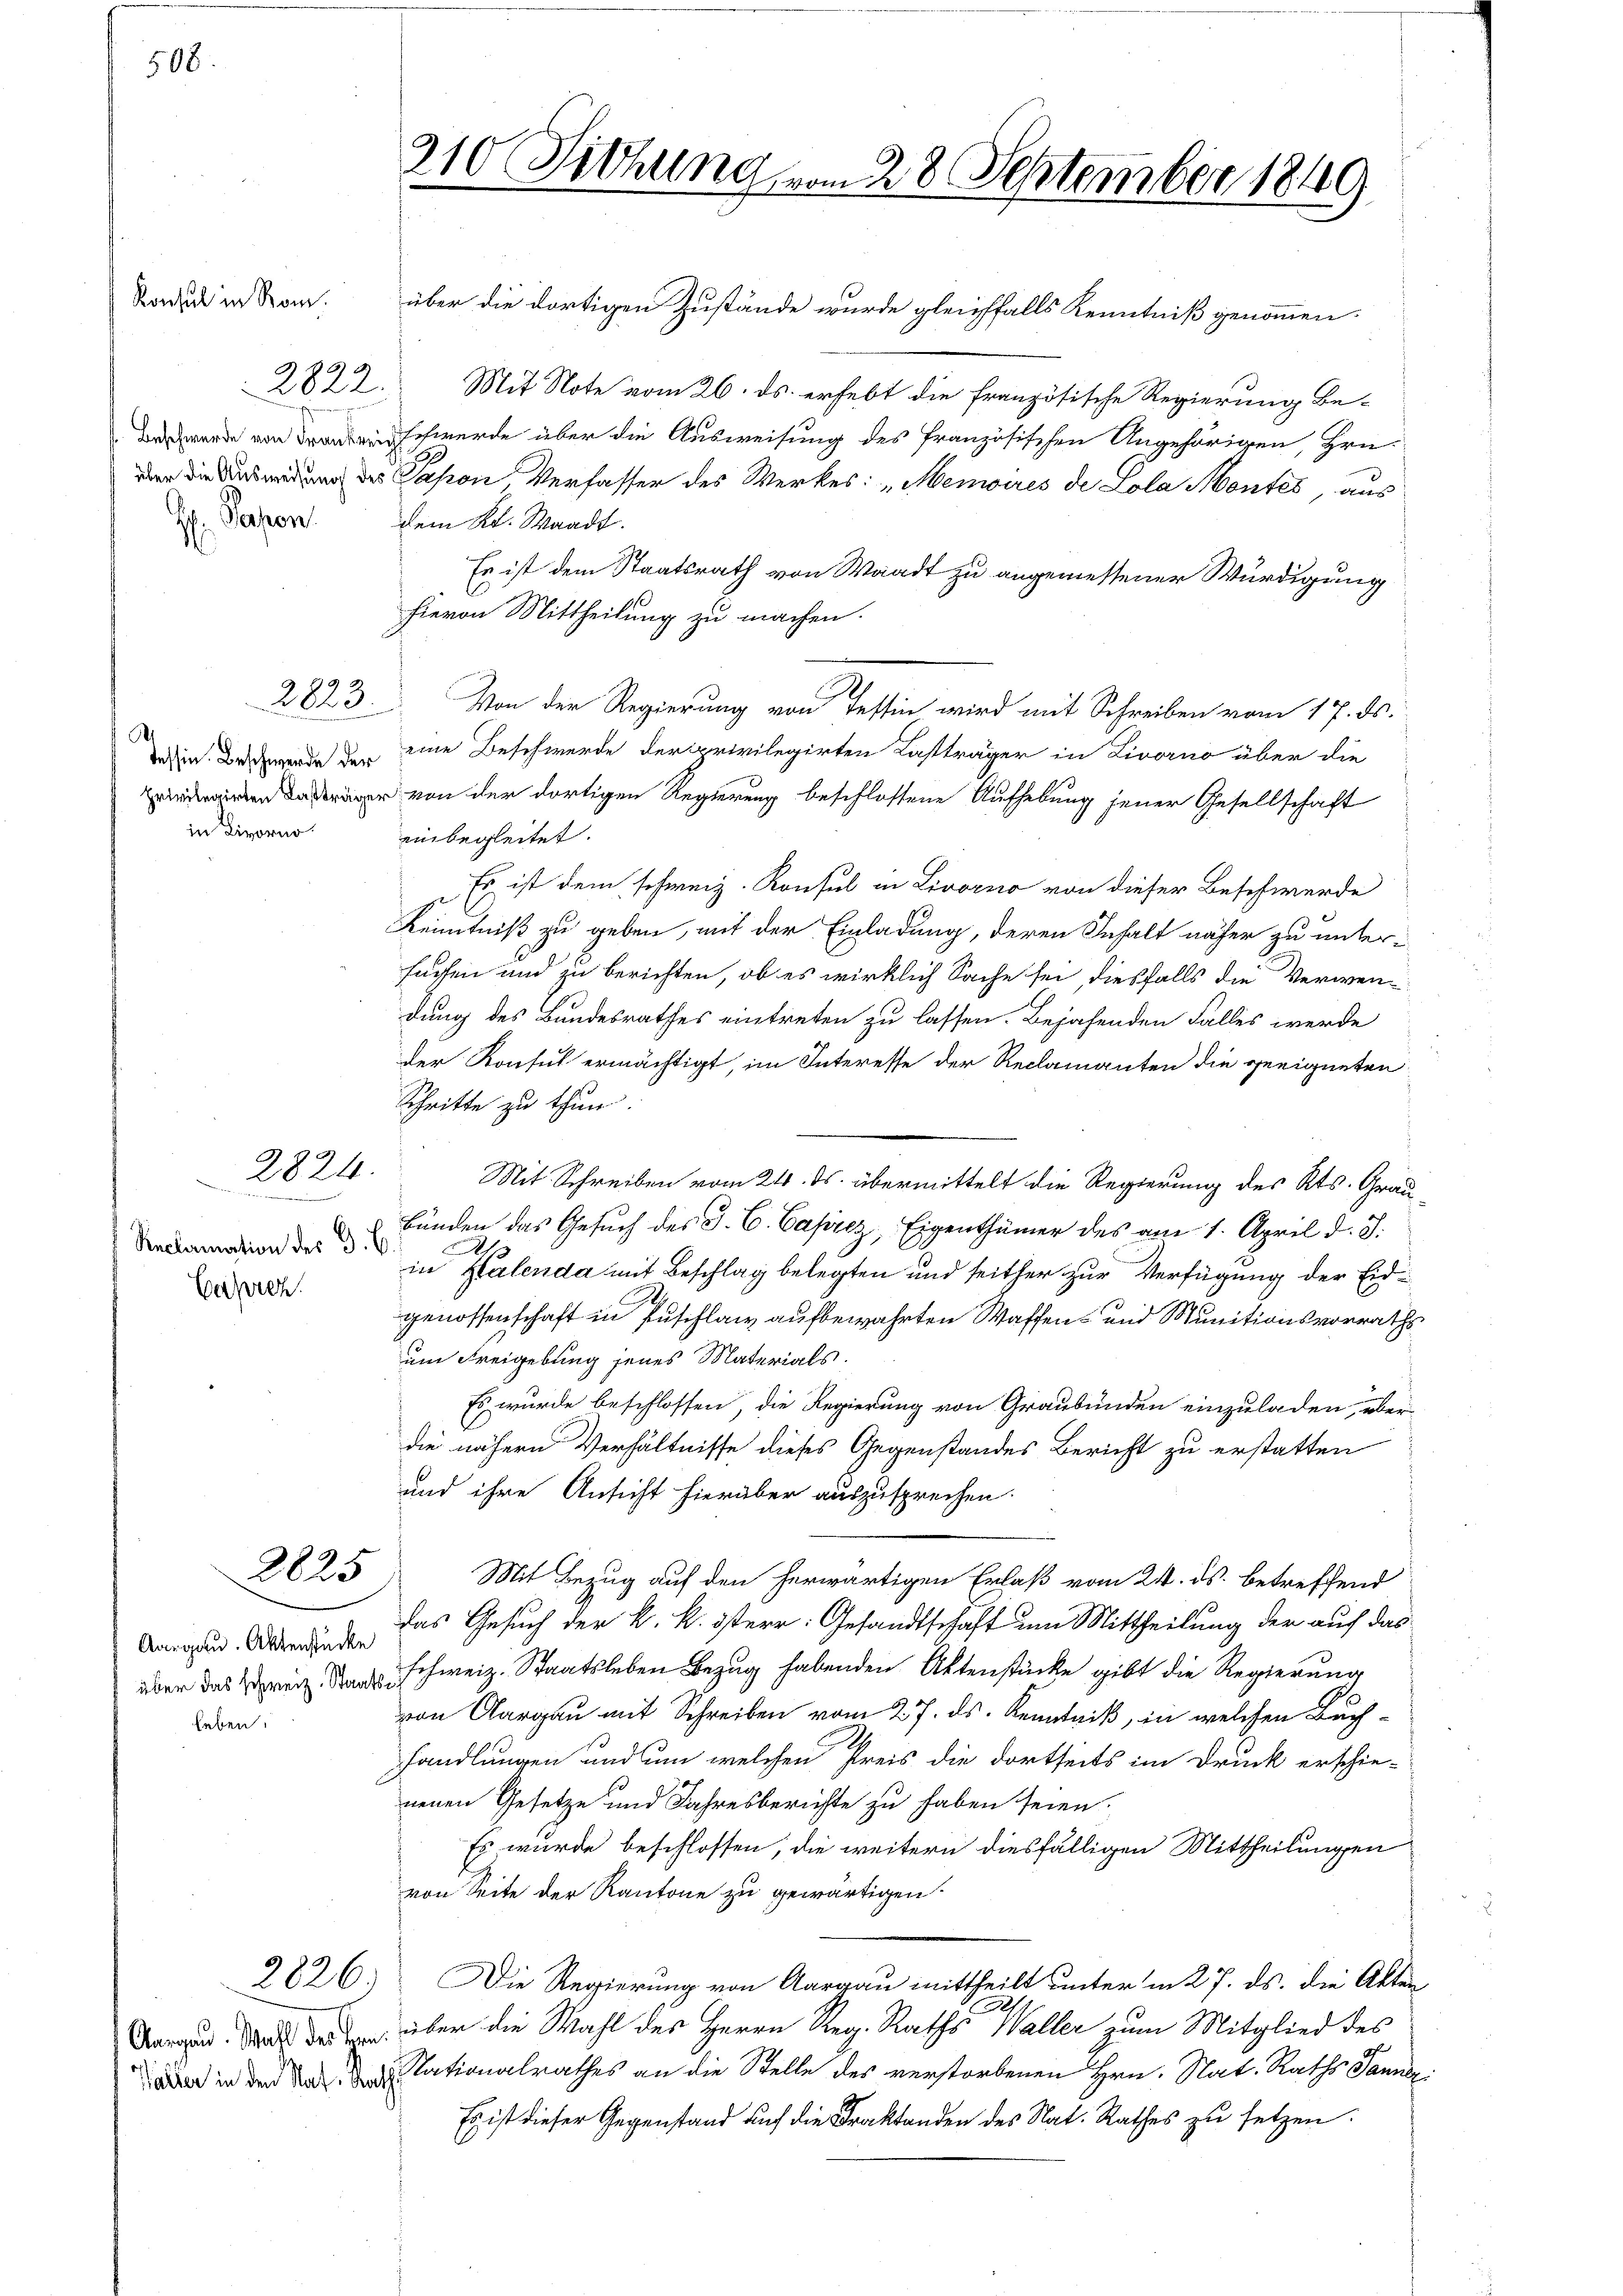
508.

Konsul in Rom

Person

in Livorno.

Reclamation des G. B

Caprez.

2822.

2823.

2824.
n

2825

Aargau. Aktenstücke
Leben:

über die dortigen Zustände wurde gleichfalls Kenntniß genommen.
Mit Note vom 26. ds. erhebt die französische Regierung beschwerde über die Ausweisung des französischen Angehörigen, Hrn.
g des Dapon Verfasser des Werkes: "Menwires de Lola Montes, aus
dem Kt. Waadt.
Es ist dem Staatsrath von Waadt zu angemessener Würdigung
hievon Mittheilung zu machen.
Von der Regierung von Testin wird mit Schreiben vom 17. ds.
din Bedende den eine Beschwerde der privilegirten Lastträger in Livorno über die
r von der dortigen Regierung beschlossene Aufhebung jener Gesellschaft
einbegleitet.
Es ist dem schweiz. Konsul in Livorno von dieser Beschwerde
Kenntniß zu geben, mit der Einladung, deren Inhalt näher zu unterfachen und zu berichten, ob es wirklich Sache sei, diesfalls die Verwendung des Bundesrathes eintreten zu lassen. Bejahenden Falles werde
der Konsul ermächtigt, im Interesse der Reclamanten die geeigneten
Schritte zu thun.
Mit Schreiben vom 24. ds. übermittelt die Regierung des Kts. Grau
Bunden das Gesuch des J. C. Caprez, Eigenthümer des am 1. April d. J.
A
in Platenda mit Beschlag belegten und seither zur Verfügung der Eidgenossenschaft in Puschlag aufbewahrten Waffen- und Munitionsvorraths
um Freigebung jenes Materials.
Es wurde beschlossen, die Regierung von Graubünden einzuladen, überdie nähern Verhältnisse dieses Gegenstandes Bericht zu erstatten
und ihre Ansicht hierüber auszusprechen.
Mit Bezug auf den herwärtigen Erlaß vom 24. ds. betreffend
das Gesuch der k. k. österr. Gesandtschaft um Mittheilung der auf das
über das Weg da schweiz. Staatsleben Bezug habenden Aktenstücke gibt die Regierung
von Aargau mit Schreiben vom 27. ds. Kenntniß, in welchen Buchhandlungen und um welchen Preis die dortseits im Druck erschie
neuen Gesetze und Jahresberichte zu haben seien.
Es wurde beschlossen, die weitern diesfälligen Mittheilungen
von Seite der Kantone zu gewärtigen.
2826. Die Regierung von Aargau mittheilt unter in 27. ds. die Akten
Aaraus. Da der den über die Wahl des Herrn Reg. Raths Waller zum Mitglied des
ader in den Nat. Tationalrathes an die Stelle des verstorbenen Hrn. Nat. Raths Tanner
Es ist dieser Gegenstand auf die Fraktanden des Nat. Rathes zu setzen.

310 Sitzung vom 28 September 1849